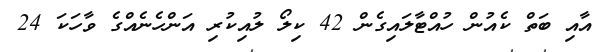
އާއި ބަތް ކެއުން ހުއްޓާލައިގެން 42 ކިލޯ ލުއިކުރި އަންހެނެއްގެ ވާހަކަ 24